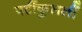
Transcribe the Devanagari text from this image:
पर्टीकुलर्ली